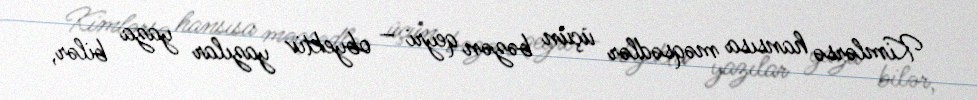
Kimlərsə hansısa məqsədlər üçün bəzən qeyri – obyektiv yazılar yaza bilər,